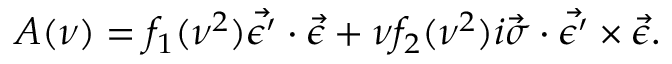
A ( \nu ) = f _ { 1 } ( \nu ^ { 2 } ) \vec { \epsilon ^ { \prime } } \cdot \vec { \epsilon } + \nu f _ { 2 } ( \nu ^ { 2 } ) i \vec { \sigma } \cdot \vec { \epsilon ^ { \prime } } \times \vec { \epsilon } .